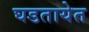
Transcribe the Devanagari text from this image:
घडतायेत